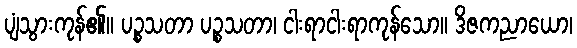
ပျံသွားကုန်၏။ ပဉ္စသတာ ပဉ္စသတာ၊ ငါးရာငါးရာကုန်သော။ ဒိဇကညာယော၊